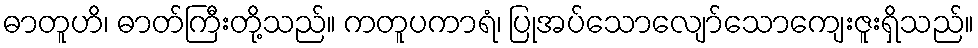
ဓာတူဟိ၊ ဓာတ်ကြီးတို့သည်။ ကတူပကာရံ၊ ပြုအပ်သောလျော်သောကျေးဇူးရှိသည်။